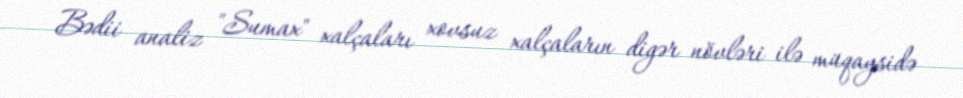
Bədii analiz "Sumax" xalçaları xovsuz xalçaların digər növləri ilə müqaysidə